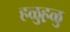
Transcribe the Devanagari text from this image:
हळुह़ळु